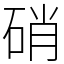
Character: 硝